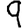
Digit: 9